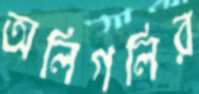
অলিগলির